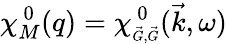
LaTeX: \chi_{M}^{~0}(q)=\chi_{\scriptscriptstyle\vec{G},\vec{G}}^{~0}(\vec{k},\omega)